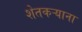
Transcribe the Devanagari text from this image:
शेतकऱ्याना